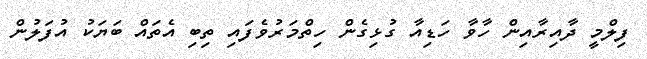
ފިލްމީ ދާއިރާއިން ހާވާ ހަޑިއާ ގުޅިގެން ހިތްމަރުވެފައި ތިބި އެތައް ބަޔަކު އުފަލުން